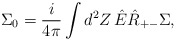
\begin{align*}\Sigma_{0}=\frac{i}{4\pi}\int d^{2}Z\, \hat{E}\hat{R}_{+-}\Sigma ,\end{align*}